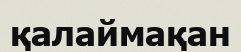
қалаймақан